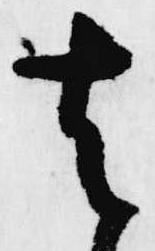
去